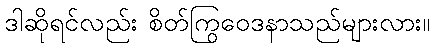
ဒါဆိုရင်လည်း စိတ်ကြွဝေဒနာသည်များလား။